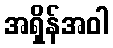
အရှိန်အဝါ